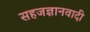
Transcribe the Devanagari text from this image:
सहजज्ञानवादी